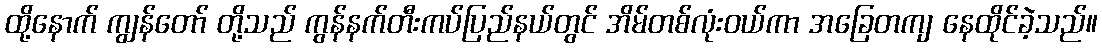
ထို့နောက် ကျွန်တော် တို့သည် ကွန်နက်တီးကပ်ပြည်နယ်တွင် အိမ်တစ်လုံးဝယ်ကာ အခြေတကျ နေထိုင်ခဲ့သည်။